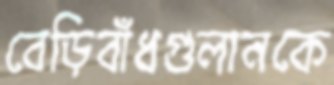
বেড়িবাঁধগুলানকে